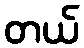
တယ်